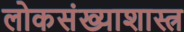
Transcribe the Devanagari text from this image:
लोकसंख्याशास्त्र